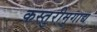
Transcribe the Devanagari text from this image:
कस्तुरीमृगाद्य